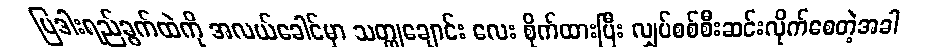
ပြဒါးရည်ခွက်ထဲကို အလယ်ခေါင်မှာ သတ္ထုချောင်း လေး စိုက်ထားပြီး လျှပ်စစ်စီးဆင်းလိုက်စေတဲ့အခါ